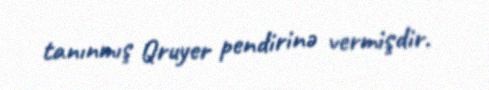
tanınmış Qruyer pendirinə vermişdir.